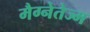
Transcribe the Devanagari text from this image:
मैग्नेतेज्म